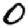
Digit: 0